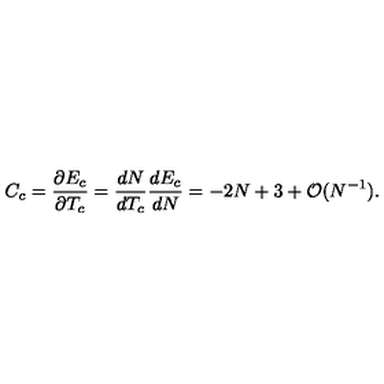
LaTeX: C _ { c } = \frac { \partial E _ { c } } { \partial T _ { c } } = \frac { d N } { d T _ { c } } \frac { d E _ { c } } { d N } = - 2 N + 3 + { \cal O } ( N ^ { - 1 } ) .